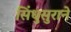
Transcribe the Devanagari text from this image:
सिंधुसुराने